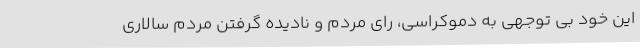
این خود بی توجهی به دموکراسی، رای مردم و نادیده گرفتن مردم سالاری